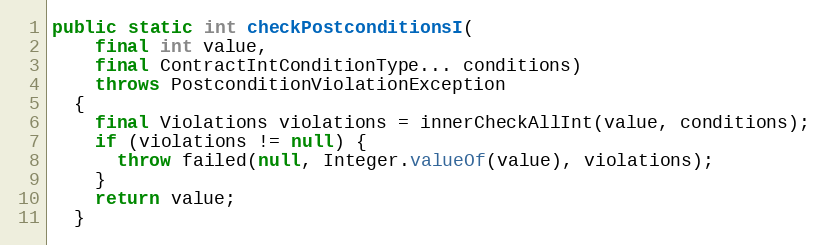
Language: Java
public static int checkPostconditionsI(
    final int value,
    final ContractIntConditionType... conditions)
    throws PostconditionViolationException
  {
    final Violations violations = innerCheckAllInt(value, conditions);
    if (violations != null) {
      throw failed(null, Integer.valueOf(value), violations);
    }
    return value;
  }